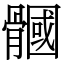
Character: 𩪐